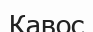
Кавос